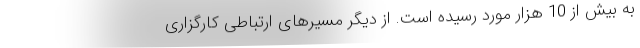
به بیش از 10 هزار مورد رسیده است. از دیگر مسیرهای ارتباطی کارگزاری